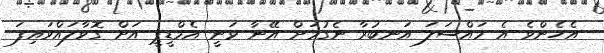
އެހެންވެ އެ މައްސަލަ އަނބުރާ ނެގުމަށް އޭނާ ވަނީ އެމްޑީޕީ އަށް ގޮވާލައްވައިފަ